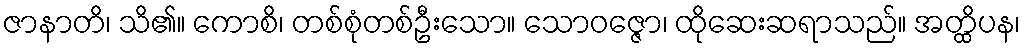
ဇာနာတိ၊ သိ၏။ ကောစိ၊ တစ်စုံတစ်ဦးသော။ သောဝဇ္ဇော၊ ထိုဆေးဆရာသည်။ အတ္ထိပန၊